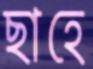
ছাহে